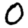
Digit: 0